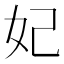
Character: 妃